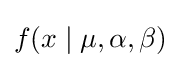
f(x\mid \mu ,\alpha ,\beta )